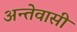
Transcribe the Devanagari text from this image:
अन्तेवासी